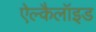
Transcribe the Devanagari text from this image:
ऐल्कैलॉइड